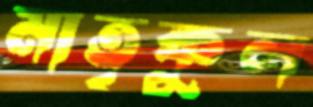
মাতৃকুল